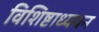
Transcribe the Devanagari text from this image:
विशिष्टाध्ययन